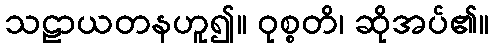
သဠာယတနဟူ၍။ ဝုစ္စတိ၊ ဆိုအပ်၏။